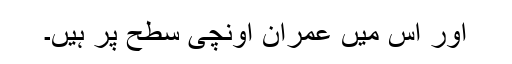
اور اس میں عمران اونچی سطح پر ہیں۔